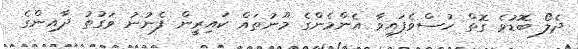
ދެލޯ ބޮޑުވެ ގޮތް ހުސްވެފައިވާ އެންމެންގެ މޫނުތައް ކައިރީން ފެނުނު ވަގުތު ދާއިންގެ